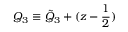
Q _ { 3 } \equiv { \tilde { Q } } _ { 3 } + ( z - { \frac { 1 } { 2 } } )